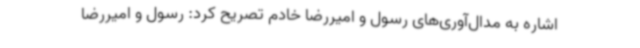
اشاره به مدال‌آوری‌های رسول و امیررضا خادم تصریح کرد: رسول و امیررضا